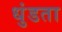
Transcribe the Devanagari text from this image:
धुंडता